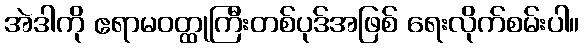
အဲဒါကို ဧရာမဝတ္ထုကြီးတစ်ပုဒ်အဖြစ် ရေးလိုက်စမ်းပါ။